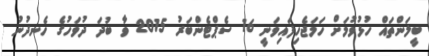
ބީލަންތައް ހުޅުވުމަށް ހަމަޖެހިފައިވަނީ 16 ސެޕްޓެންބަރު 2015 ވާ ބުދަަ ދުވަހުގެ ހެނދުނު